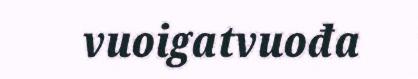
vuoigatvuođa